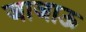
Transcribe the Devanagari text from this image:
जाजाऊ